Senior Leaving Certificate Examination (including Day School Certificate (Higher) General paper), 1950
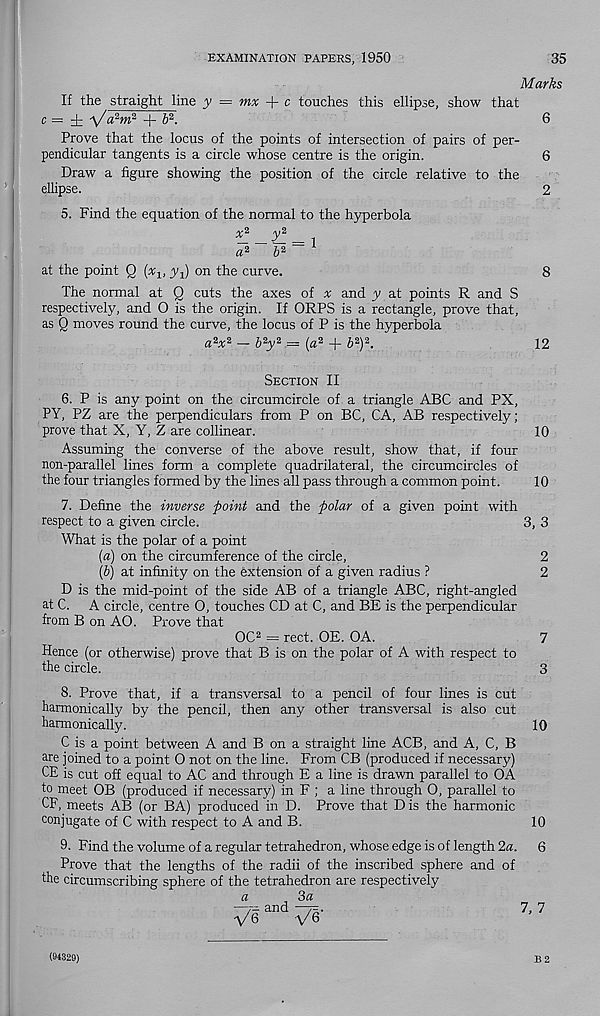
EXAMINATION PAPERS, 1950
35
Marks
If the straight line y = mx + c touches this ellipse, show that
c = ± -\/a 2 m 2 + b 2 .
6
Prove that the locus of the points of intersection of pairs of per-
pendicular tangents is a circle whose centre is the origin.
6
Draw a figure showing the position of the circle relative to the
ellipse.
2
5. Find the equation of the normal to the hyperbola
a 2
b 2
at the point Q (x lt jq) on the curve.
8
The normal at Q cuts the axes of # and y at points R and S
respectively, and O is the origin. If ORPS is a rectangle, prove that,
as Q moves round the curve, the locus of P is the hyperbola
a 2 x 2 — b 2 y 2 — (a 2 + b 2 ) 2 .
12
Section II
6. P is any point on the circumcircle of a triangle ABC and PX,
PY, PZ are the perpendiculars from P on BC, CA, AB respectively;
prove that X, Y, Z are collinear.
10
Assuming the converse of the above result, show that, if four
non-parallel lines form a complete quadrilateral, the circumcircles of
the four triangles formed by the lines all pass through a common point.
10
7. Define the inverse point and the polar of a given point with
respect to a given circle.
3, 3
What is the polar of a point
{a) on the circumference of the circle,
2
(b) at infinity on the extension of a given radius ?
2
D is the mid-point of the side AB of a triangle ABC, right-angled
at C. A circle, centre O, touches CD at C, and BE is the perpendicular
from B on AO. Prove that
OC 2 = rect. OE. OA.
7
Hence (or otherwise) prove that B is on the polar of A with respect to
the circle.
3
8. Prove that, if a transversal to a pencil of four lines is cut
harmonically by the pencil, then any other transversal is also cut
harmonically.
C is a point between A and B on a straight line ACB, and A, C, B
are joined to a point O not on the line. From CB (produced if necessary)
CE is cut off equal to AC and through E a line is drawn parallel to OA
to meet OB (produced if necessary) in F ; a line through O, parallel to
CF, meets AB (or BA) produced in D. Prove that Dis the harmonic
conjugate of C with respect to A and B.
9. Find the volume of a regular tetrahedron, whose edge is of length 2a.
Prove that the lengths of the radii of the inscribed sphere and of
the circumscribing sphere of the tetrahedron are respectively
a
3a
and
■ \/ 6
'V/ 6
10
10
6
7, 7
(94329)
B 2